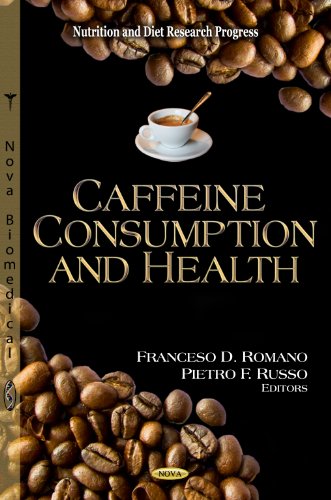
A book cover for Caffeine Consumption and Health (Nutrition and Diet Research Progress); Francesco D. Romano; Health, Fitness & Dieting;